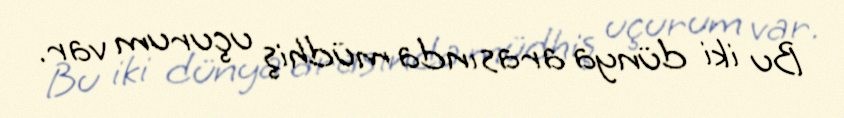
Bu iki dünya arasında müdhiş uçurum var.